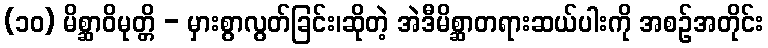
(၁၀) မိစ္ဆာဝိမုတ္တိ - မှားစွာလွတ်ခြင်း၊ဆိုတဲ့ အဲဒီမိစ္ဆာတရားဆယ်ပါးကို အစဉ်အတိုင်း